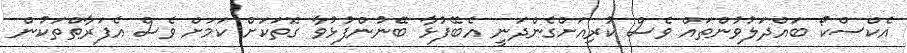
އެކްސްކޯ ބައްދަލުވުންތައް ވެސް ކުރިއަށްގެންދަނީ އެބޭފުޅާ ބޭނުންފުޅުވާ ގޮތަކަށް ކަމަށް ވެސް އެފަރާތްތަކުން